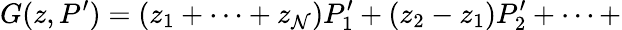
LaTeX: G(z,P^{\prime})=(z_{1}+\cdots+z_{\cal N})P_{1}^{\prime}+(z_{2}-z_{1})P_{2}^{\prime}+\dots+